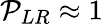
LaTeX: {\cal P}_{LR}\approx 1